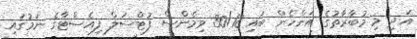
އަދި މި މުބާރާތުގެ އަންހެން ބައި 30/18 ވިމެންސް ފުޓްސަލް ފިއެސްޓާގެ ނަމުގައި